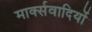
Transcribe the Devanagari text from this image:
मार्क्सवादियों